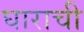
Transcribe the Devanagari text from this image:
घाराची